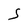
Character: S